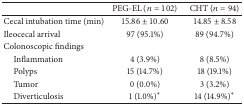
<table><thead><tr><td><b> </b></td><td><b>PEG-EL (<i>n</i> = 102)</b></td><td><b>CHT (<i>n</i> = 94)</b></td></tr></thead><tbody><tr><td>Cecal intubation time (min) </td><td>15.86 ± 10.60</td><td>14.85 ± 8.58</td></tr><tr><td>Ileocecal arrival</td><td>97 (95.1%)</td><td>89 (94.7%)</td></tr><tr><td>Colonoscopic findings</td><td> </td><td> </td></tr><tr><td> Inflammation</td><td>4 (3.9%)</td><td>8 (8.5%)</td></tr><tr><td> Polyps</td><td>15 (14.7%)</td><td>18 (19.1%)</td></tr><tr><td> Tumor</td><td>0 (0.0%)</td><td>3 (3.2%)</td></tr><tr><td> Diverticulosis</td><td>1 (1.0%)*</td><td>14 (14.9%)*</td></tr></tbody></table>